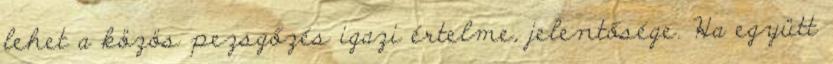
lehet a közös pezsgőzés igazi értelme, je­len­tősége. Ha együtt